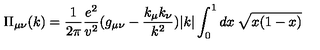
\Pi _ { \mu \nu } ( k ) = \frac { 1 } { 2 \pi } \frac { e ^ { 2 } } { v ^ { 2 } } ( g _ { \mu \nu } - \frac { k _ { \mu } k _ { \nu } } { k ^ { 2 } } ) | k | \int _ { 0 } ^ { 1 } d x \: \sqrt { x ( 1 - x ) }